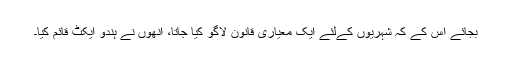
بجائے اس کے کہ شہریوں کےلئے ایک معیاری قانون لاگو کیا جاتا، انھوں نے ہندو ایکٹ قائم کیا۔